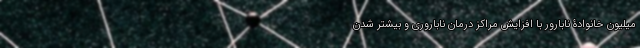
میلیون خانوادۀ نابارور با افزایش مراکز درمان ناباروری و بیشتر شدن